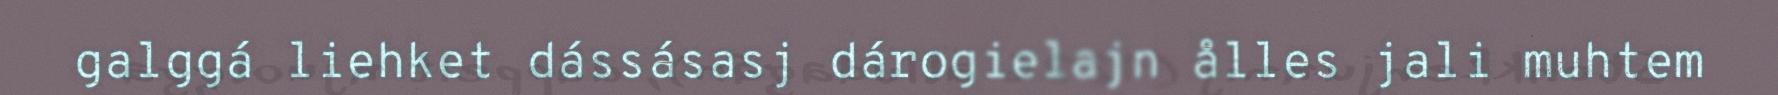
galggá liehket dássásasj dárogielajn ålles jali muhtem